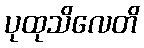
ပုထုသိလေတိ